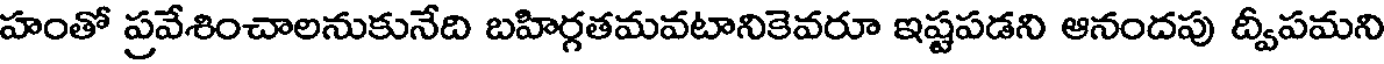
హంతో ప్రవేశించాలనుకునేది బహిర్గతమవటానికెవరూ ఇష్టపడని ఆనందపు ద్వీపమని